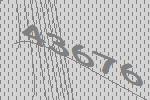
43676